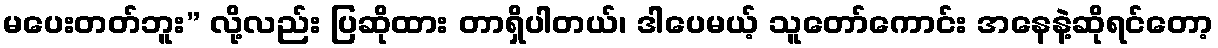
မပေးတတ်ဘူး” လို့လည်း ပြဆိုထား တာရှိပါတယ်၊ ဒါပေမယ့် သူတော်ကောင်း အနေနဲ့ဆိုရင်တော့